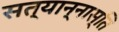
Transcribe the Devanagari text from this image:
सत्यान्नास्ति